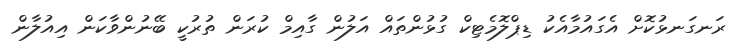
ރަނގަނޅުކޮށް އެގައުމާއެކު ޑިޕްލޮމެޓިކް ގުޅުންތައް އަލުން ގާއިމް ކުރަން ތުރުކީ ބޭނުންވާކަން އިއުލާން